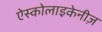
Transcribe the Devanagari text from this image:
ऐस्कोलाइकेनीज़